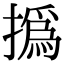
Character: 撝